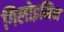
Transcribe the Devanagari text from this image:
गिलोइमिन